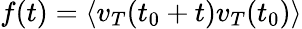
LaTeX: f(t)=\langle v_{T}(t_{0}+t)v_{T}(t_{0})\rangle